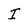
Character: I